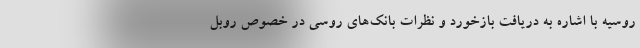
روسیه با اشاره به دریافت بازخورد و نظرات بانک‌های روسی در خصوص روبل